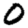
Digit: 0